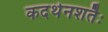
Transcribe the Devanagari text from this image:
कदर्थनशतैः